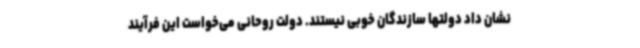
نشان داد دولتها سازندگان خوبی نیستند. دولت روحانی می‌خواست این فرآیند